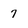
Character: 7